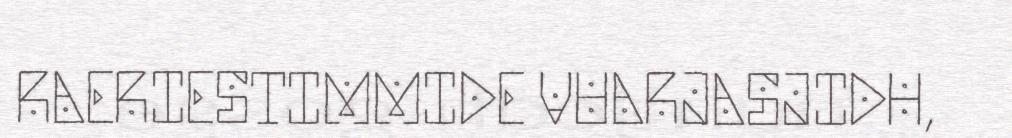
RAERIESTIMMIDE VUARJASJIDH,